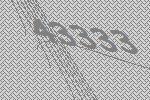
43333